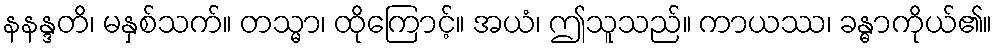
နနန္ဒတိ၊ မနှစ်သက်။ တသ္မာ၊ ထိုကြောင့်။ အယံ၊ ဤသူသည်။ ကာယဿ၊ ခန္ဓာကိုယ်၏။